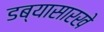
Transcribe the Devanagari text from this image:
डब्यासारखे